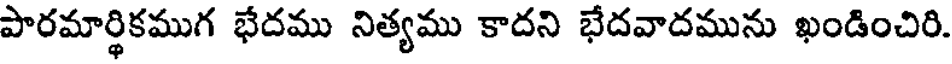
పారమార్థికముగ భేదము నిత్యము కాదని భేదవాదమును ఖండించిరి.